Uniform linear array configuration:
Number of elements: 12
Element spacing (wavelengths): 0.75
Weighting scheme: kaiser
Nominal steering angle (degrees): -60
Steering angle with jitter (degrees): -60.725
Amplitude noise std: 0.05
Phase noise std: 0.05

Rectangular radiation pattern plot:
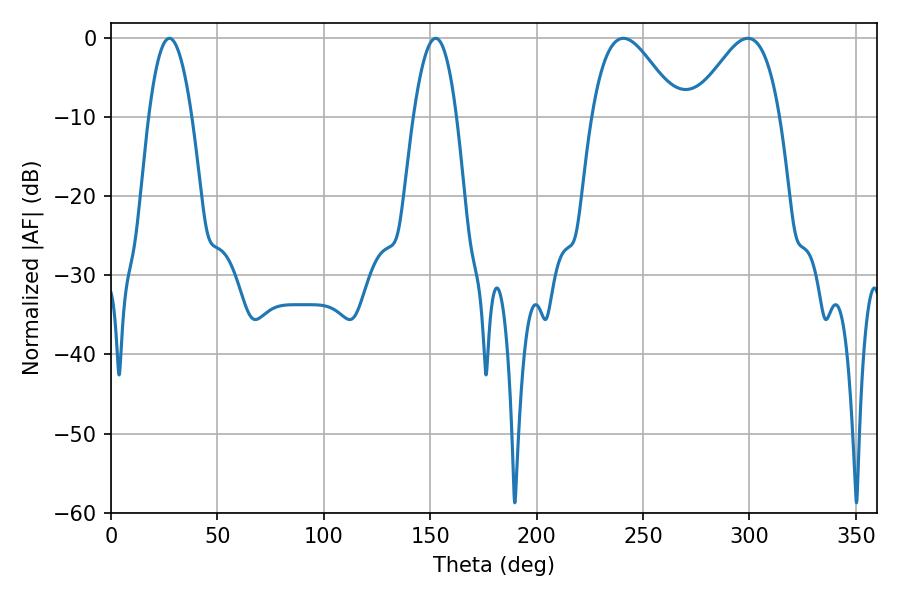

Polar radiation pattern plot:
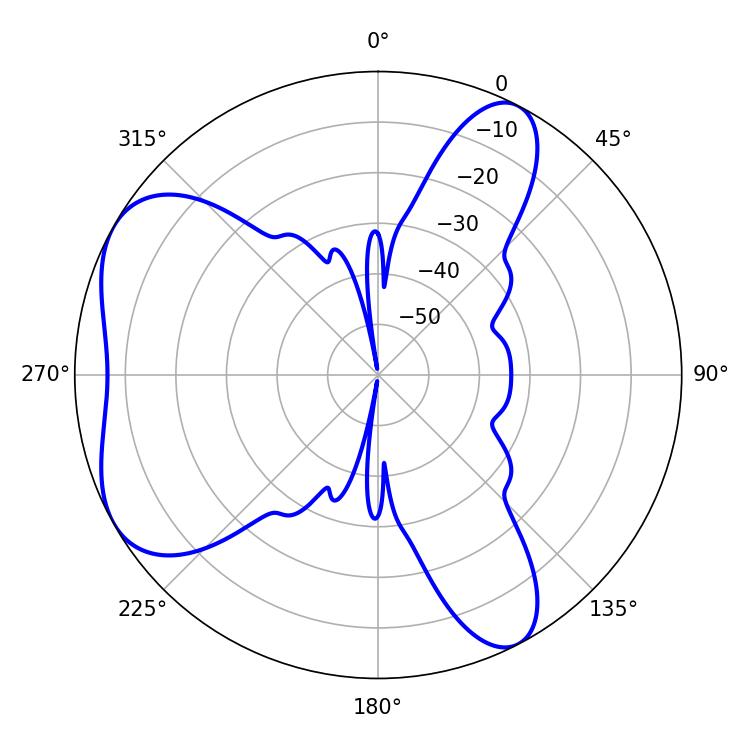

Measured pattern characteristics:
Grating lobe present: TRUE
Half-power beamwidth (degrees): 21.78
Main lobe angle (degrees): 240.84